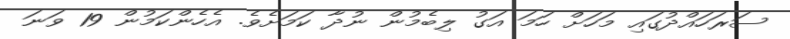
ސަރަހައްދުގައި މަހަށް ހަމަ އަގު ލިބެމުން ނުދާ ކަމަށެވެ. އެހެންކަމުން 19 ވަނަ